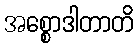
အစ္စောဒါတာတိ